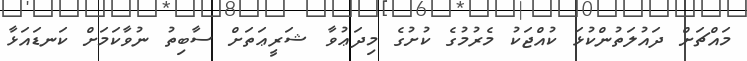
މައްޗަށް ދައުލަތުންކުޅަ ކުއްޖަކު މެރުމުގެ ކުށުގެ މިދަޢުވާ ޝަރީޢަތަށް ސާބިތު ނުވާކަމަށް ކަނޑައަޅާ